Civil Veterinary Dept. Assam report 1927-50 - 1927-1950
Year: 1927
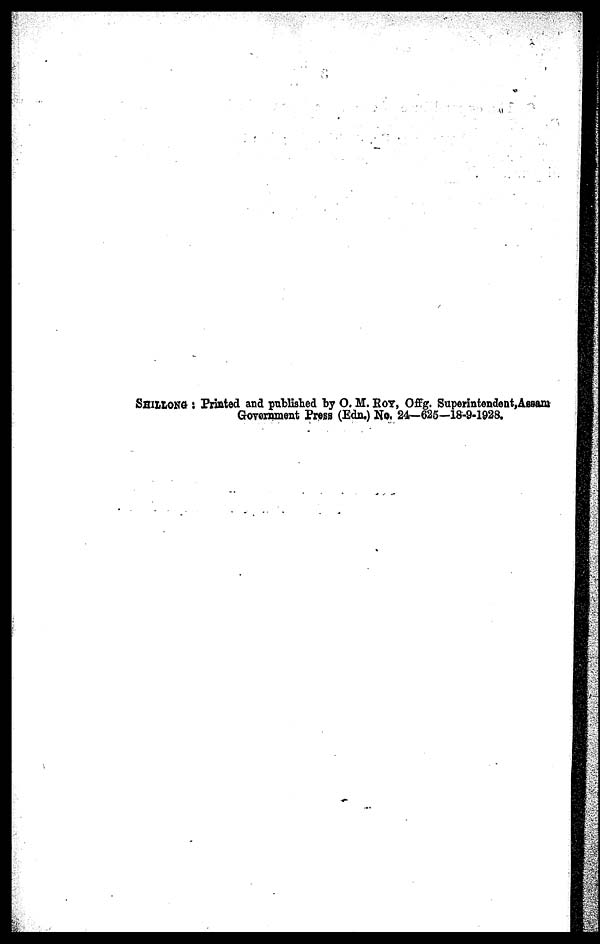
SHILLONG : Printed and published by O. M. ROY, Offg. Superintendent,Assani
Government Press (Edn.) No. 24—625—18-9-1928.